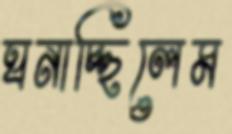
ঘনাচ্ছিলেম